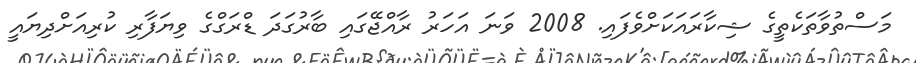
މަސްތުވާތަކެތީގެ ޝިކާރައަކަށްވެފައި. 2008 ވަނަ އަހަރު ރާއްޖޭގައި ބާރުގަދަ ޑްރަގްގެ ވިޔަފާރި ކުރިއަށްދިޔައީ